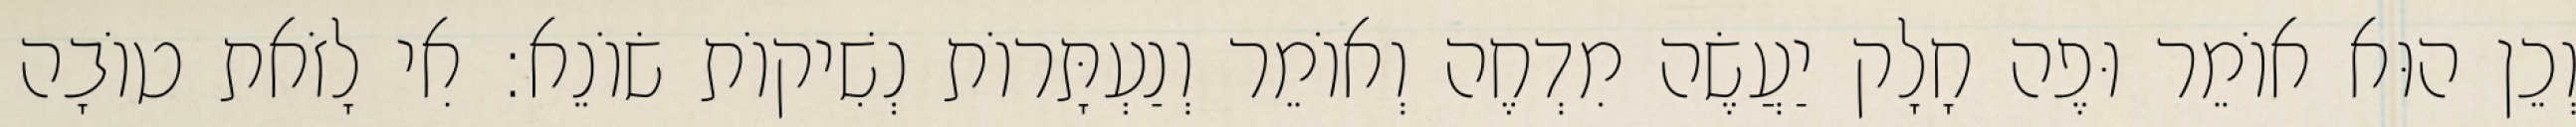
וְכֵן הוּא אוֹמֵר וּפֶה חָלָק יַעֲשֶׂה מִדְחֶה וְאוֹמֵר וְנַעְתָּרוֹת נְשִׁיקוֹת שׂוֹנֵא: אִי לָזֹאת טוֹבָה